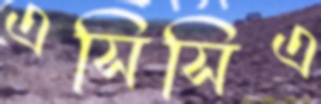
এসিসিএ